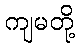
ကျမတို့